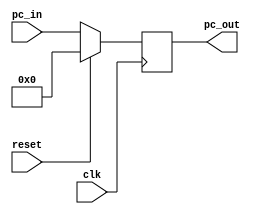
/**
Program Counter Register
*/

module pc (clk, pc_in, reset, pc_out);

input [15:0] pc_in;
input reset, clk;
output reg [15:0] pc_out;

always @ (posedge clk) begin

if (reset) begin
    pc_out <= 16'h0000;
    //$display("PC Reset %h", pc_out);	
end

else begin
    pc_out <= pc_in;
    $display("PC %h", pc_out);
end

end

endmodule